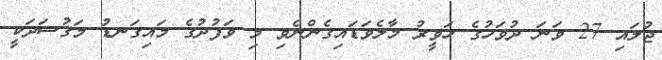
ޖުލައި 27 ވަނަ ދުވަހުގެ ހަވީރު މާލެވަޑައިގެންނެވި މި ވަފުދުގެ މައިގަނޑު މަޤުސަދަކީ